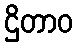
ဌိတာဝ